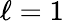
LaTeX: \ell=1